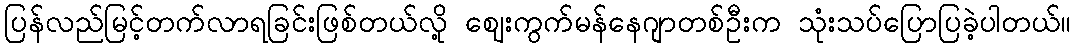
ပြန်လည်မြင့်တက်လာရခြင်းဖြစ်တယ်လို့ ဈေးကွက်မန်နေဂျာတစ်ဦးက သုံးသပ်ပြောပြခဲ့ပါတယ်။